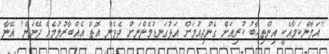
"އަމާންކަމާއެކީ އިންތިހާބު ކުރިއަށް ގެންދިއުމަށް އަޅުގަނޑުމެންނަށް ދެވެން އޮތް އެއްބާރުލުމެއް ދޭނަން" އޭނާ